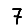
Digit: 7